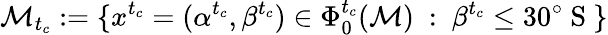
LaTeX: \mathcal{M}_{t_{c}}:=\{ x^{t_{c}}=(\alpha^{t_{c}},\beta^{t_{c}})\in\Phi_{0}^{t_{c}}(\mathcal{M})\ :\ \beta^{t_{c}}\leq 30^{\circ}\mathrm{~S~}\}